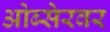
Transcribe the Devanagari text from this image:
ओब्सेरवर